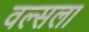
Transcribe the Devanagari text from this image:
वल्‍सला